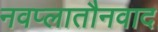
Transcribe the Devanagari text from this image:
नवप्लातौनवाद